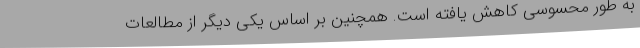
به طور محسوسی کاهش یافته است. همچنین بر اساس یکی دیگر از مطالعات